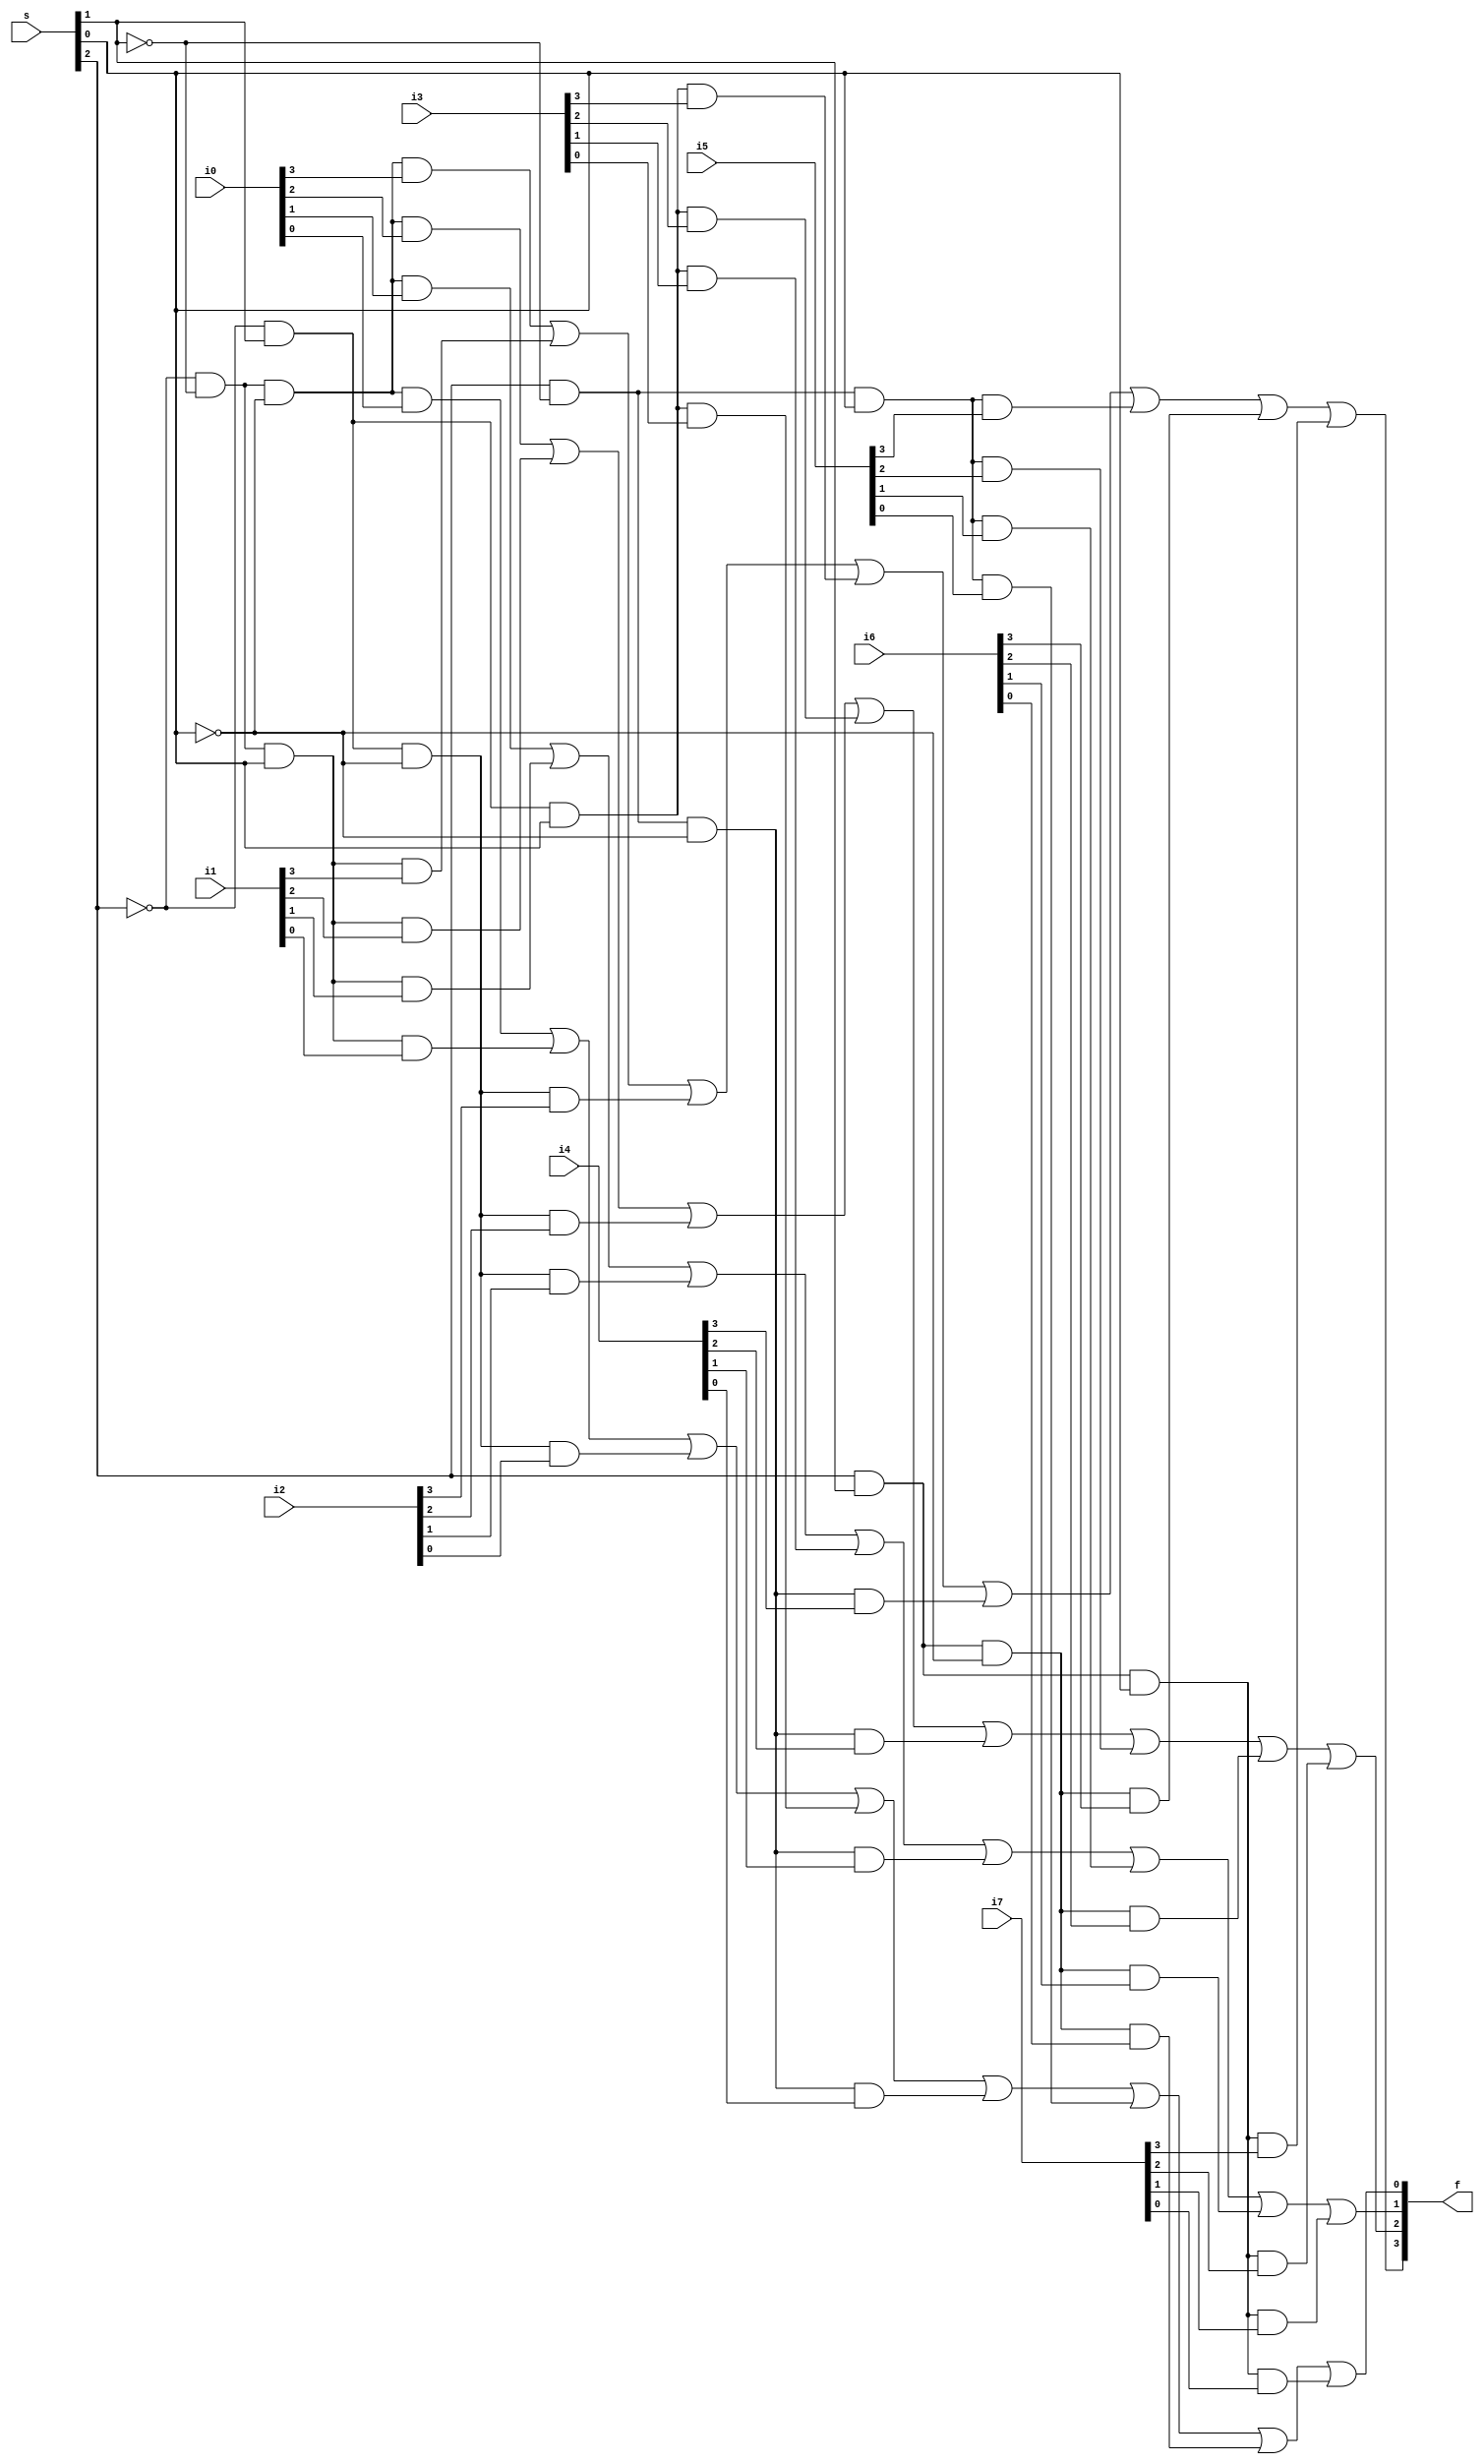
/*
	mux8x1.v
	multiplexador 8x1
*/

module mux8x1 (i0,i1,i2,i3,i4,i5,i6,i7,s,f);
	
	input [3:0] i0,i1,i2,i3,i4,i5,i6,i7;
	input [2:0] s;
	output [3:0] f;
	
	assign f[3] = (~s[2])&(~s[1])&(~s[0])&i0[3] | (~s[2])&(~s[1])&(s[0])&i1[3] | (~s[2])&(s[1])&(~s[0])&i2[3] | (~s[2])&(s[1])&(s[0])&i3[3] | (s[2])&(~s[1])&(~s[0])&i4[3] | (s[2])&(~s[1])&(s[0])&i5[3] | (s[2])&(s[1])&(~s[0])&i6[3] | (s[2])&(s[1])&(s[0])&i7[3];
	assign f[2] = (~s[2])&(~s[1])&(~s[0])&i0[2] | (~s[2])&(~s[1])&(s[0])&i1[2] | (~s[2])&(s[1])&(~s[0])&i2[2] | (~s[2])&(s[1])&(s[0])&i3[2] | (s[2])&(~s[1])&(~s[0])&i4[2] | (s[2])&(~s[1])&(s[0])&i5[2] | (s[2])&(s[1])&(~s[0])&i6[2] | (s[2])&(s[1])&(s[0])&i7[2];
	assign f[1] = (~s[2])&(~s[1])&(~s[0])&i0[1] | (~s[2])&(~s[1])&(s[0])&i1[1] | (~s[2])&(s[1])&(~s[0])&i2[1] | (~s[2])&(s[1])&(s[0])&i3[1] | (s[2])&(~s[1])&(~s[0])&i4[1] | (s[2])&(~s[1])&(s[0])&i5[1] | (s[2])&(s[1])&(~s[0])&i6[1] | (s[2])&(s[1])&(s[0])&i7[1];
	assign f[0] = (~s[2])&(~s[1])&(~s[0])&i0[0] | (~s[2])&(~s[1])&(s[0])&i1[0] | (~s[2])&(s[1])&(~s[0])&i2[0] | (~s[2])&(s[1])&(s[0])&i3[0] | (s[2])&(~s[1])&(~s[0])&i4[0] | (s[2])&(~s[1])&(s[0])&i5[0] | (s[2])&(s[1])&(~s[0])&i6[0] | (s[2])&(s[1])&(s[0])&i7[0];
	
endmodule